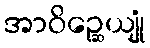
အာဝိဉ္ဆေယျုံ